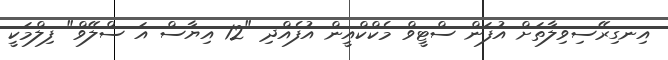
އިނގިރޭސިވިލާތަށް އުފަން ސްޓީވް މެކްކްއީން އުފެއްދި "12 އިޔާސް އަ ސްލޭވް" ފިލްމަކީ